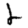
Digit: 2